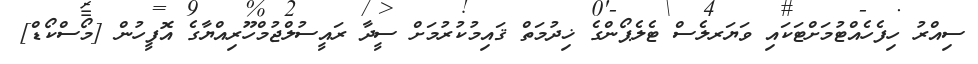
ސިއްރު ހިފެހެއްޓުމަށްޓަކައި ވަޔަރލެސް ޓެލެޕޯންގެ ޚިދުމަތް ޤައިމުކުރުމަށް ސީދާ ރައީސުލްޖުމްހޫރިއްޔާގެ އޮފީހުން [މޯސްކޯޑް]